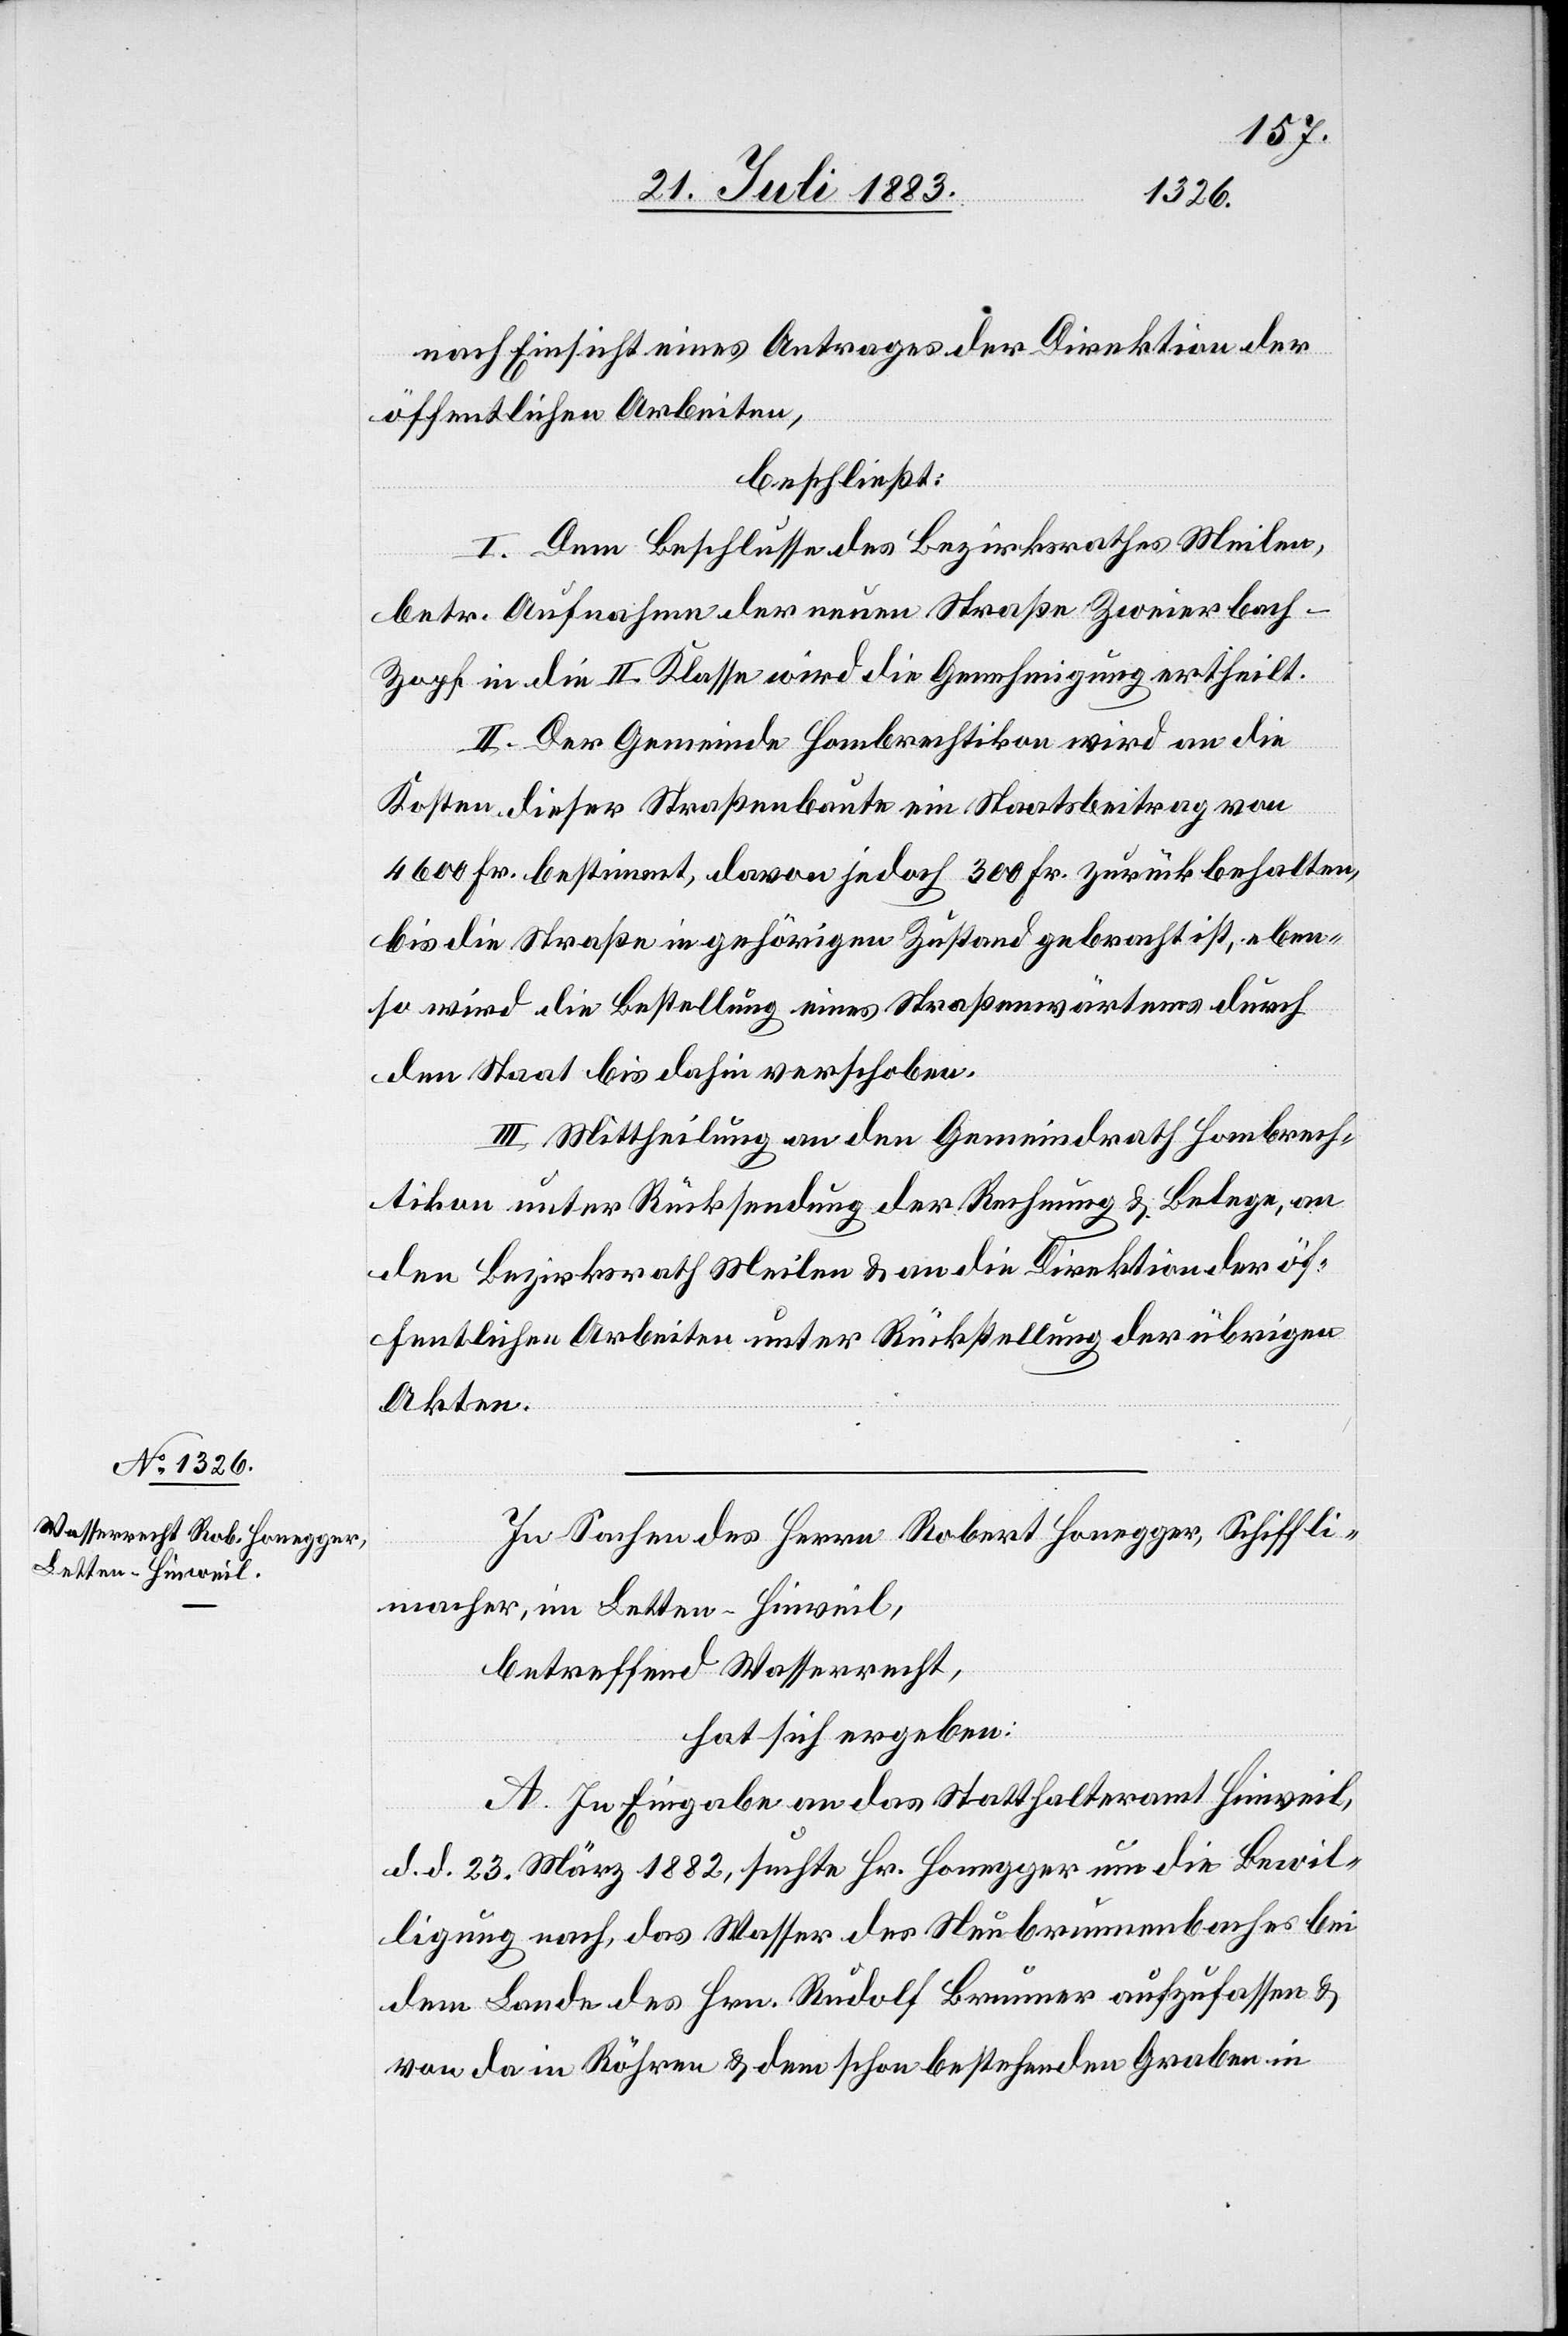
nach Einsicht eines Antrages der Direktion der
öffentlichen Arbeiten,
beschließt:
I. Dem Beschlusse des Bezirksrathes Meilen,
betr. Aufnahme der neuen Straße Zweierbach–Z¬
opf in die II. Klasse wird die Genehmigung ertheilt.
II. Der Gemeinde Hombrechtikon wird an die
Kosten dieser Straßenbaute ein Staatsbeitrag von
4600 Fr. bestimmt, davon jedoch 300 Fr. zurückbehalten,
bis die Straße in gehörigen Zustand gebracht ist, eben¬
so wird die Bestellung eines Straßenwärters durch
den Staat bis dahin verschoben.
III. Mittheilung an den Gemeindrath Hombrech¬
tikon unter Rücksendung der Rechnung & Belege, an
den Bezirksrath Meilen & an die Direktion der öf¬
fentlichen Arbeiten unter Rückstellung der übrigen
Akten.
In Sachen des Herrn Robert Honegger, Schiffli¬
macher, im Letten - Hinweil,
betreffend Wasserrecht,
hat sich ergeben:
A. In Eingabe an das Statthalteramt Hinweil,
d. d. 23. März 1882, suchte Hr. Honegger um die Bewil¬
ligung nach, das Wasser des Neubrunnenbaches bei
dem Lande des Hrn. Rudolf Brunner aufzufassen &
von da in Röhren & dem schon bestehenden Graben in